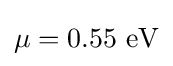
\mu =0.55~{\text{eV}}